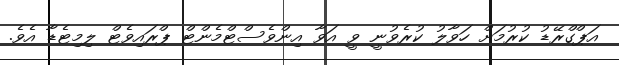
އަޕްގްރޭޑު ކުރުމަށް ހަވާލު ކުރެވުނީ ވީ އަވާ އިންވެސްޓްމެންޓް ޕްރައިވެޓް ލިމިޓެޑާ އެވެ.